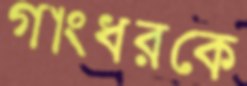
গাংধরকে